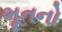
ભૂતનો